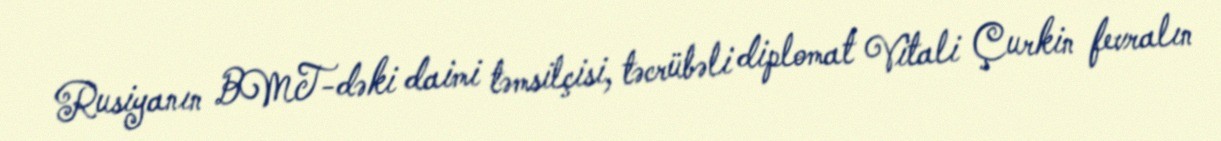
Rusiyanın BMT-dəki daimi təmsilçisi, təcrübəli diplomat Vitali Çurkin fevralın